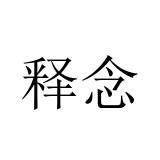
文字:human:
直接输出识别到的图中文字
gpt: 释念